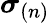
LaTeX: \boldsymbol{\sigma}_{(n)}